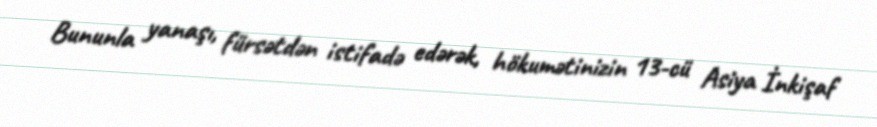
Bununla yanaşı, fürsətdən istifadə edərək, hökumətinizin 13-cü Asiya İnkişaf